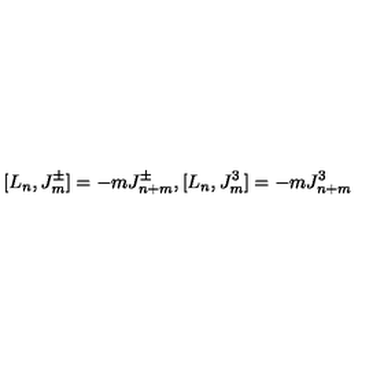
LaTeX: [ L _ { n } , J _ { m } ^ { \pm } ] = - m J _ { n + m } ^ { \pm } , [ L _ { n } , J _ { m } ^ { 3 } ] = - m J _ { n + m } ^ { 3 }